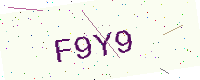
Text: F9Y9